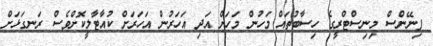
ފިނޭންސް މިނިސްޓްރީގެ ހިސާބުތައް މަހުން މަހަށް އަދި އަހަރުން އަހަރަށް ކުއާޓާލީކޮށްވެސް ރަނގަޅަށް